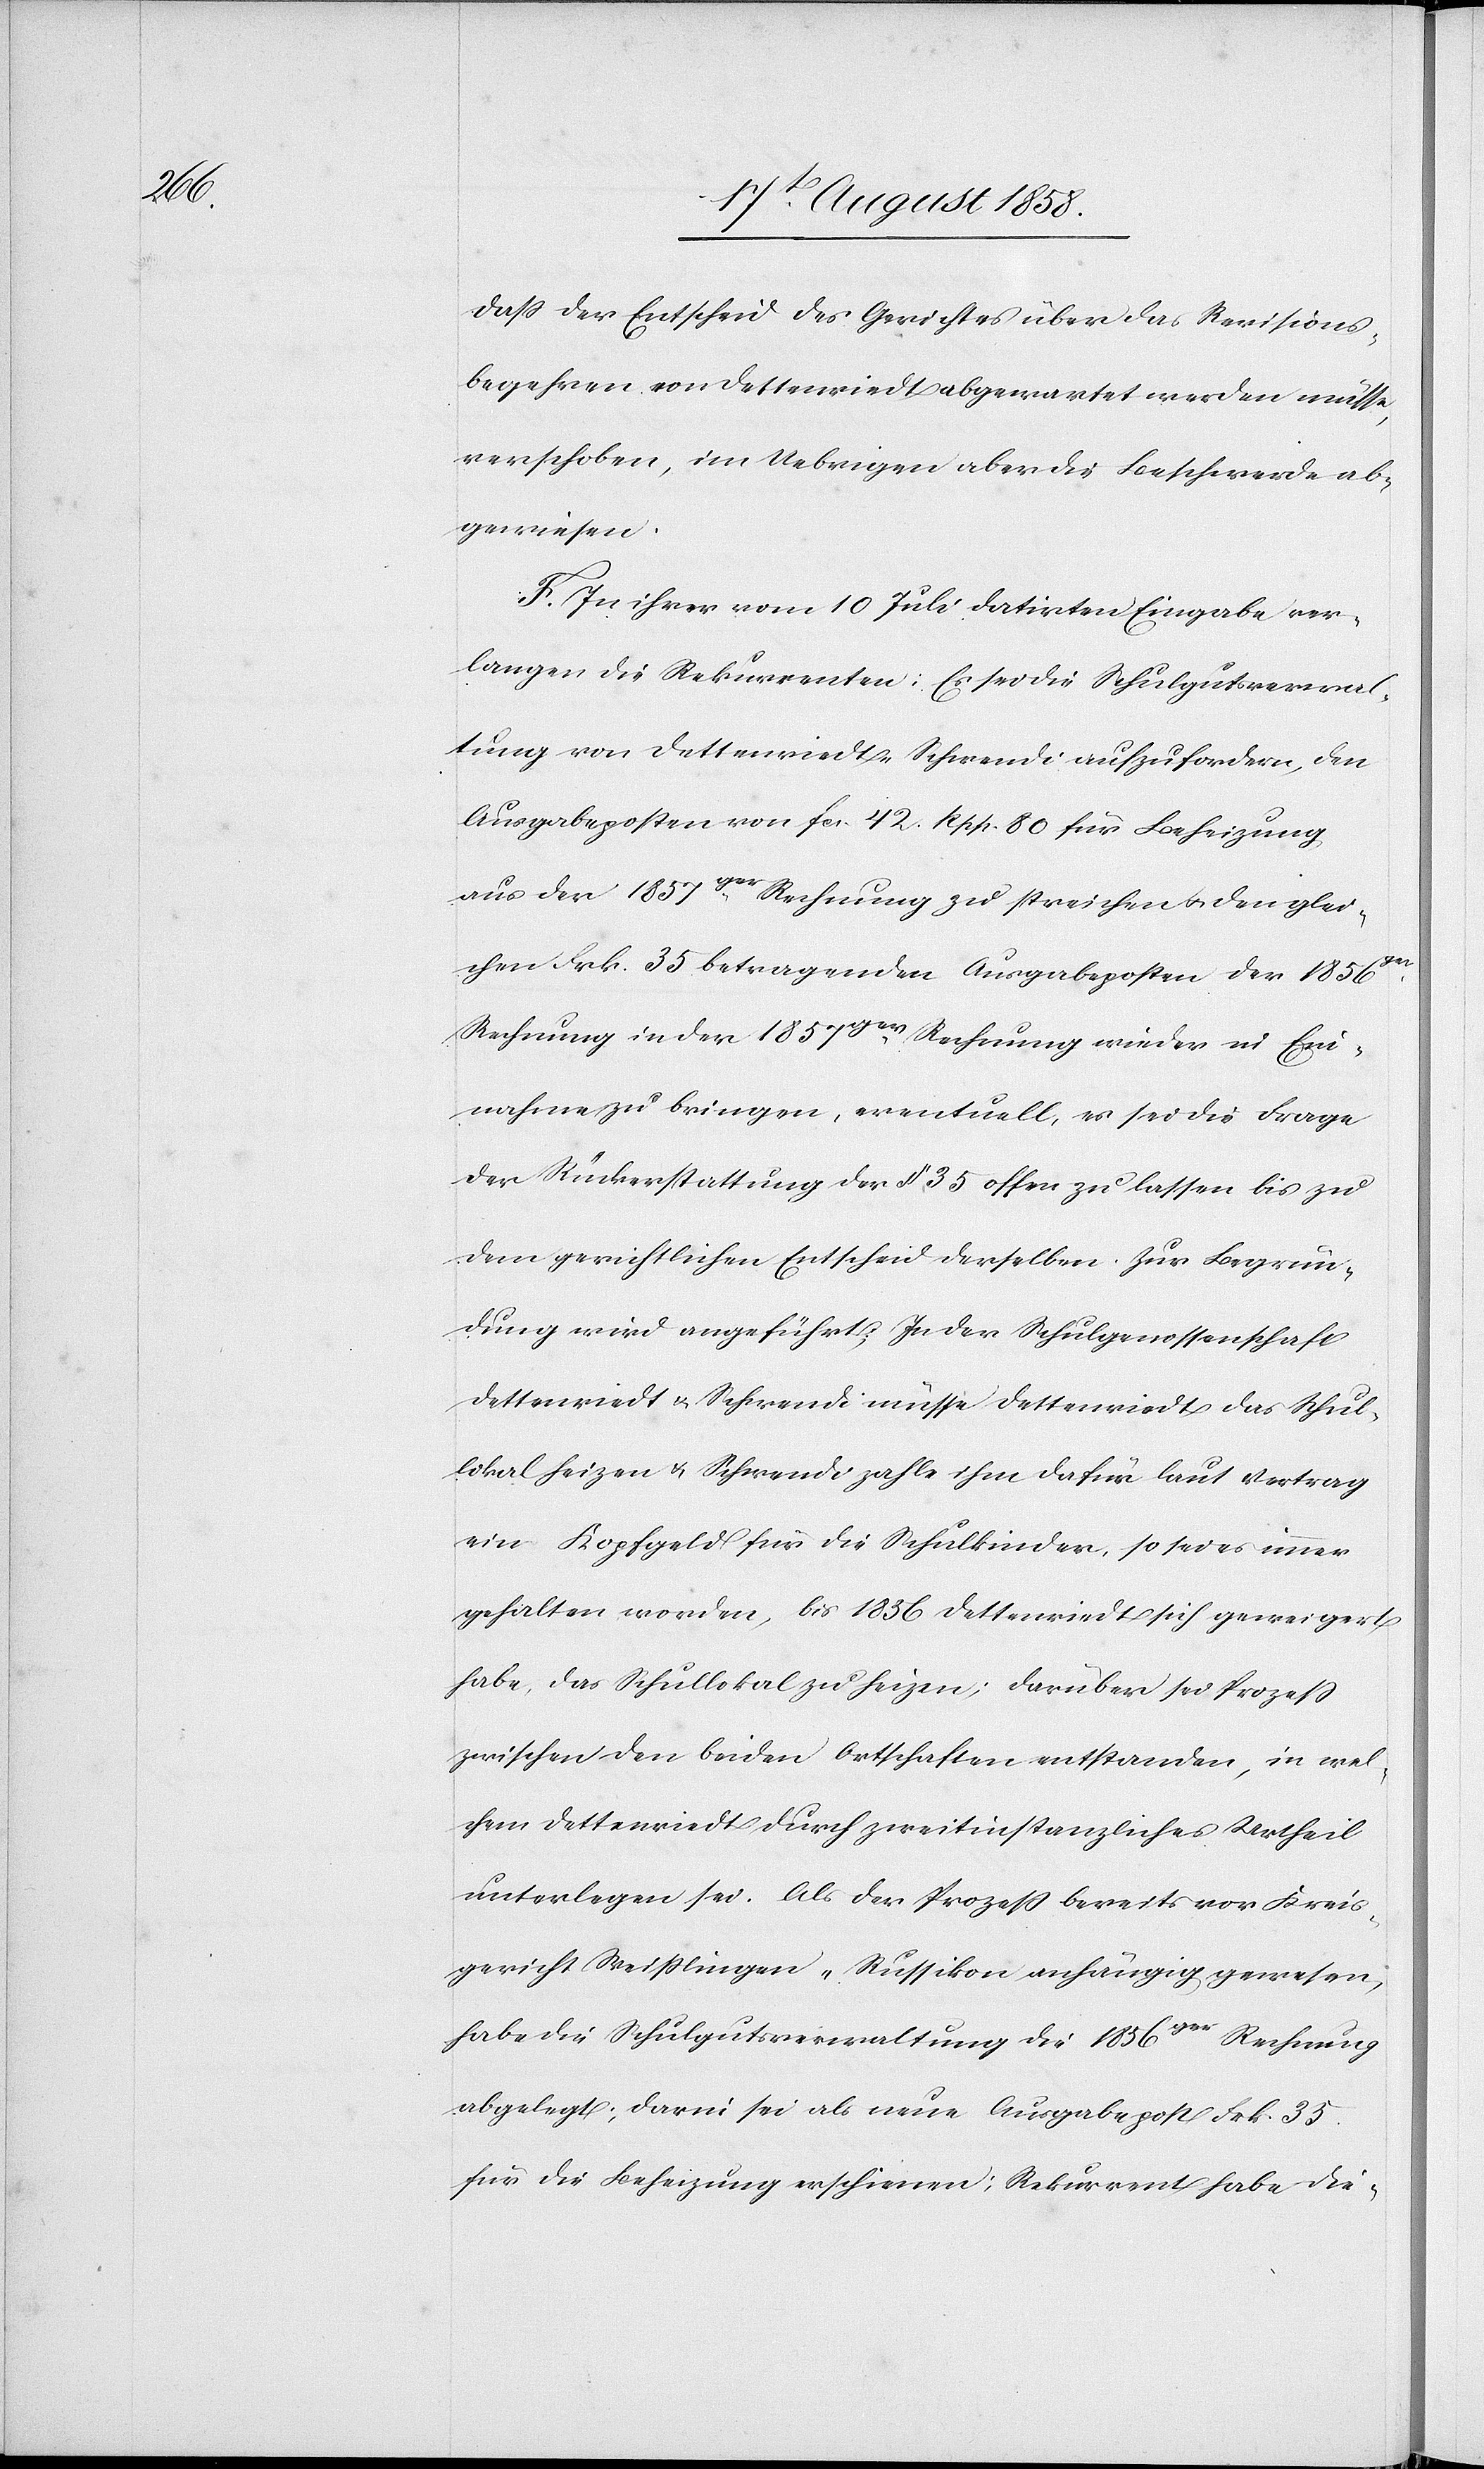
dass der Entscheid des Gerichtes über das Revisions¬
begehren von Dettenriedt abgewartet werden müsse,
verschoben, im Uebrigen aber die Beschwerde ab¬
gewiesen.
F. In ihrer vom 10 Juli datirten Eingabe ver¬
langen die Rekurrenten: Es sei die Schulgutsverwal¬
tung von Dettenriedt-Schwendi aufzufordern, den
Ausgabeposten von fcs. 42 Rpp. 80 für Beheizung
aus der 1857ger. Rechnung zu streichen & den glei¬
chen Frk. 35 betragenden Ausgabeposten der 1856ger.
Rechnung in der 1857ger. Rechnung wieder in Ein¬
nahme zu bringen, eventuell, es sei die Frage
der Rückerstattung der § [recte: Frk.] 35 offen zu lassen bis zu
dem gerichtlichen Entscheid derselben. Zur Begrün¬
dung wird angeführt; In der Schulgenossenschaft
Dettenriedt & Schwendi müsse Dettenriedt das Schul¬
lokal heizen & Schwendi zahle ihm dafür laut Vertrag
ein Kopfgeld für die Schulkinder, so sei es immer
gehalten worden, bis 1856 Dettenriedt sich geweigert
habe, das Schullokal zu heizen; darüber sei Prozess
zwischen den beiden Ortschaften entstanden, in wel¬
chem Dettenriedt durch zweitinstanzliches Urtheil
unterlegen sei. Als der Prozess bereits vor Kreis¬
gericht Weisslingen-Russikon anhängig gewesen,
habe die Schulgutsverwaltung die 1856ger Rechnung
abgelegt; darin sei als neue Ausgabepost Frk. 35.
für die Beheizung erschienen; Rekurrent habe die-